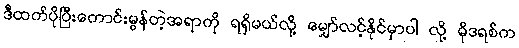
ဒီထက်ပိုပြီးကောင်းမွန်တဲ့အရာကို ရရှိမယ်လို့ မျှော်လင့်နိုင်မှာပါ လို့ မိုဒရစ်က